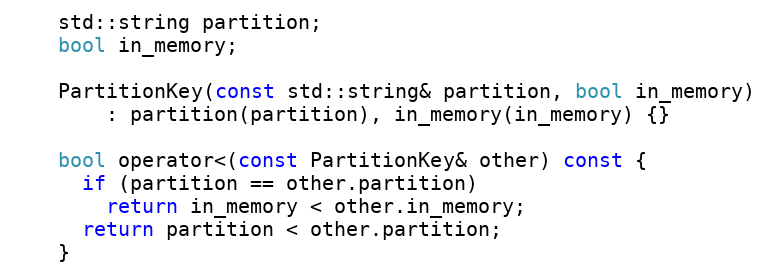
Language: C
    std::string partition;
    bool in_memory;

    PartitionKey(const std::string& partition, bool in_memory)
        : partition(partition), in_memory(in_memory) {}

    bool operator<(const PartitionKey& other) const {
      if (partition == other.partition)
        return in_memory < other.in_memory;
      return partition < other.partition;
    }